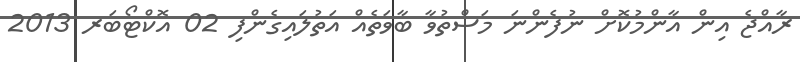
ރާއްޖެ އިން އާންމުކޮށް ނުފެންނަ މަސްތުވާ ބާވަތެއް އަތުލައިގެންފި 02 އޮކްޓޯބަރ 2013